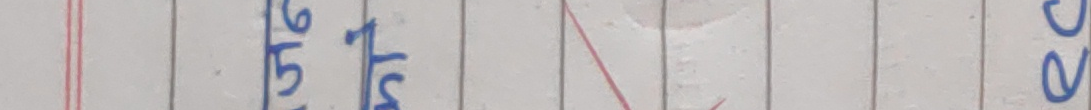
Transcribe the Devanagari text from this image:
५/६ आस्ता २८